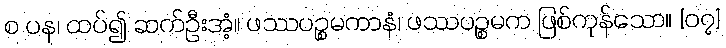
စ ပန၊ ထပ်၍ ဆက်ဦးအံ့။ ဖဿပဉ္စမကာနံ၊ ဖဿပဉ္စမက ဖြစ်ကုန်သော။ [၀၇]